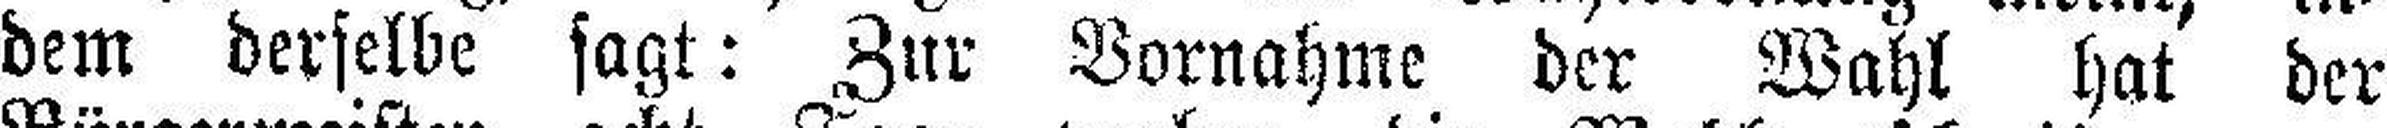
dem derselbe sagt: Zur Vornahme der Wahl hat der